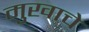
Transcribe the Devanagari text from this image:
मुखाचे